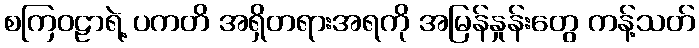
စကြဝဠာရဲ့ ပကတိ အရှိတရားအရကို အမြန်နှုန်းတွေ ကန့်သတ်